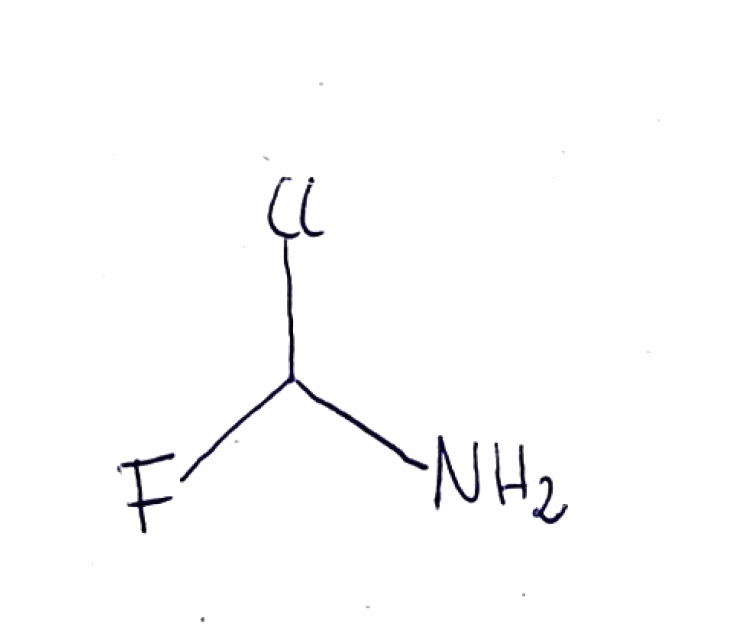
Simplified molecular-input line-entry system (SMILES) notation of the given molecule:
C(N)(F)Cl